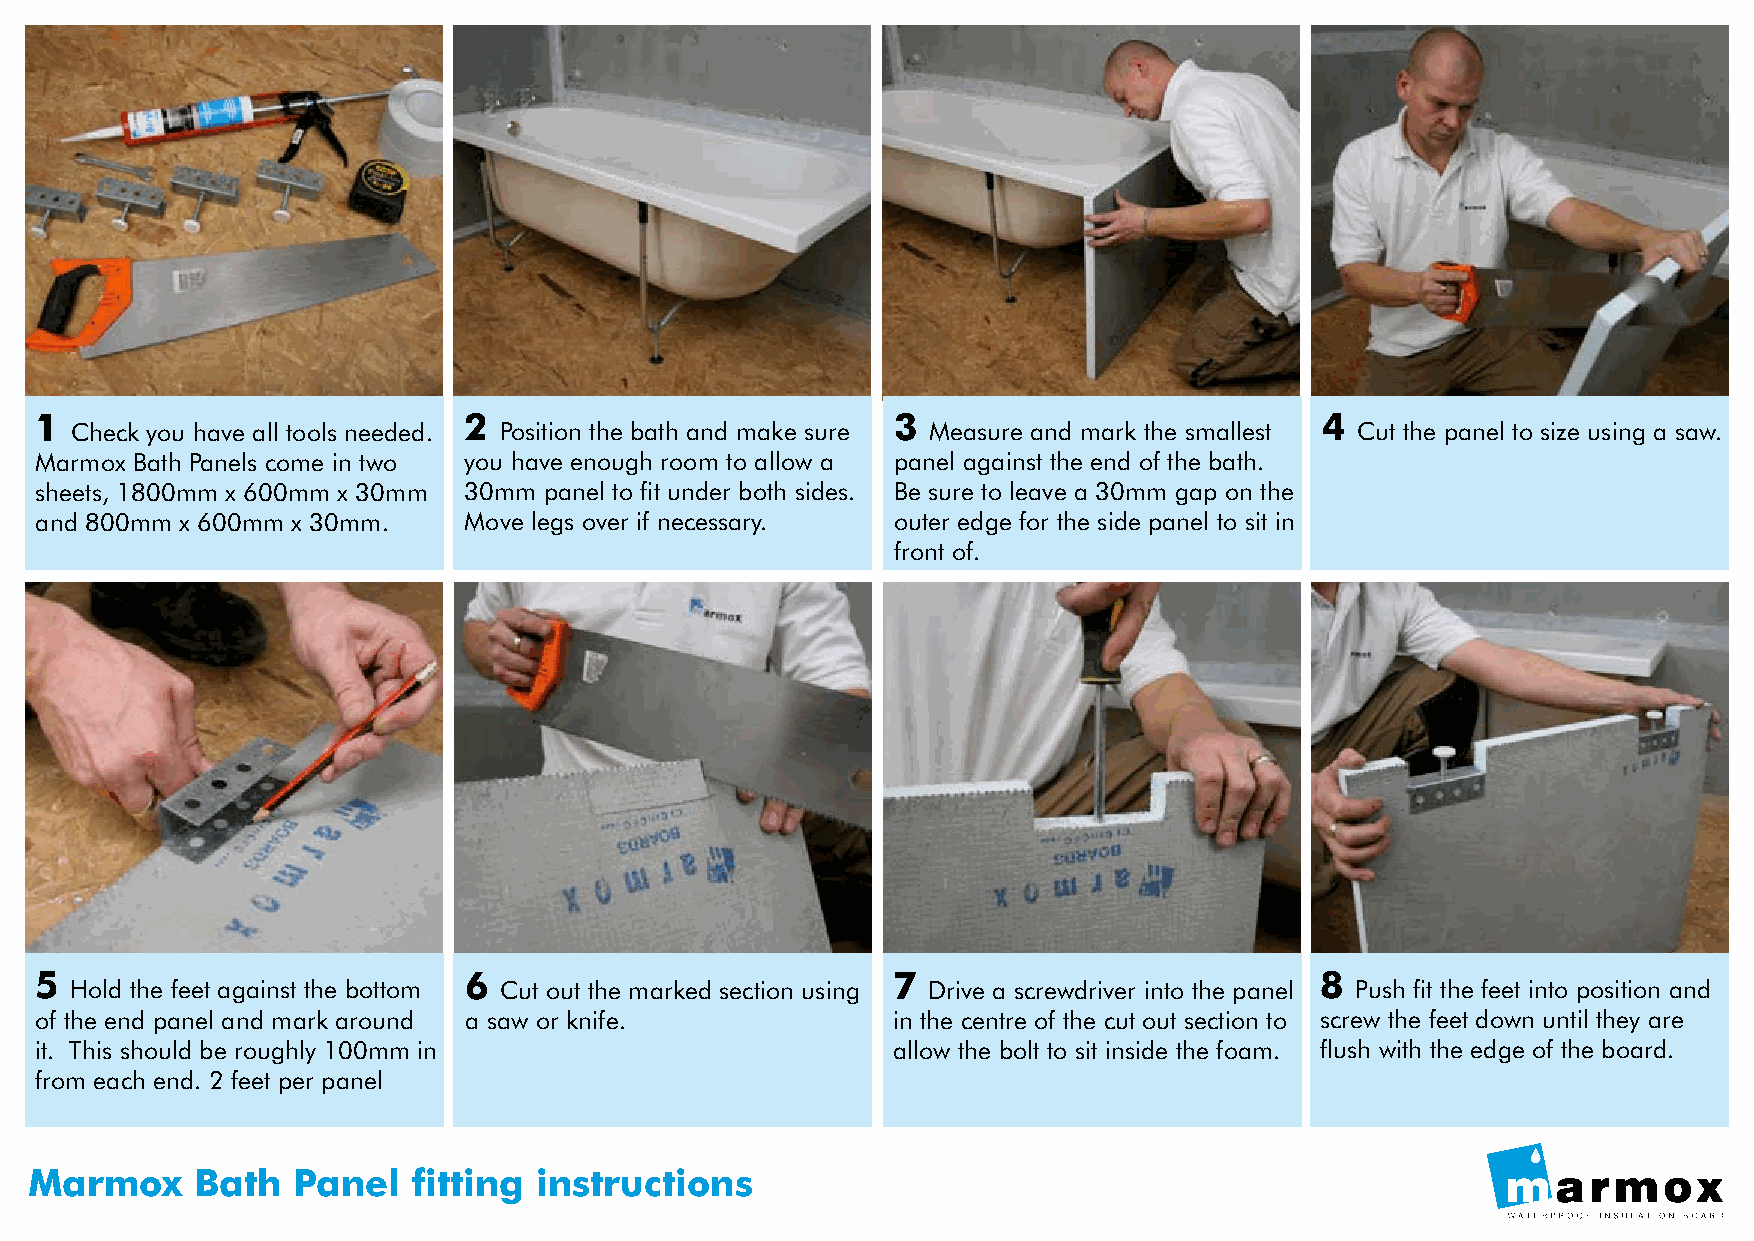
1                            2                           3                            4
 Check you have all tools needed. Position the bath and make sure Measure and mark the smallest Cut the panel to size using a saw.
 Marmox Bath Panels come in two you have enough room to allow a panel against the end of the bath.
 sheets, 1800mm x 600mm x 30mm 30mm panel to fit under both sides. Be sure to leave a 30mm gap on the
 and 800mm x 600mm x 30mm.    Move legs over if necessary. outer edge for the side panel to sit in
 front of.
 5                            6                           7                           8
 Hold the feet against the bottom Cut out the marked section using Drive a screwdriver into the panel Push fit the feet into position and
 of the end panel and mark around a saw or knife.         in the centre of the cut out section to screw the feet down until they are
 it. This should be roughly 100mm in                      allow the bolt to sit inside the foam. flush with the edge of the board.
 from each end. 2 feet per panel
 Marmox     Bath  Panel   fitting  instructions